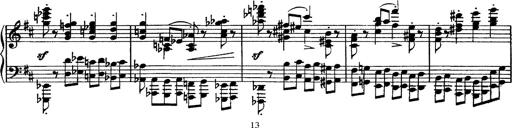
Title: Piano Sonata
Composer: Karl HÃ¤ssler
Key: C major